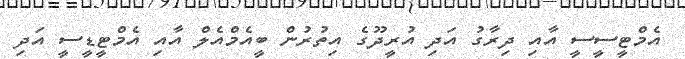
އެމްޓީސީސީ އާއި ދިރާގު އަދި އުރީދޫގެ އިތުރުން ބީއެމްއެލް އާއި އެމްޓީޑީސީ އަދި